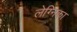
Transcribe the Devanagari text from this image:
लेग्निका